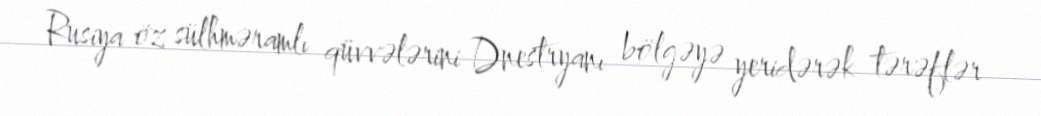
Rusiya öz sülhməramlı qüvvələrini Dnestryanı bölgəyə yeridərək tərəflər